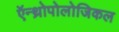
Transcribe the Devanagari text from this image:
ऍन्थ्रोपोलोजिकल